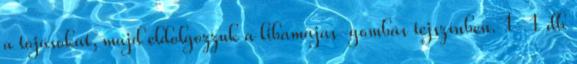
a tojásokat, majd eldolgozzuk a libamájas-gombás tejszínben. 1-1 db